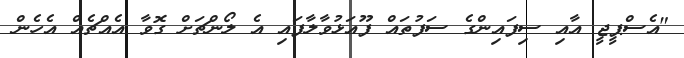
"އެސްޕީޖީ އާއި ސިފައިންގެ ސަފުތައް ފޫއަޅުވާލާފައި އެ ލޯންޗަށް ގޮވާ އެއްޗެއް އެހެން